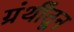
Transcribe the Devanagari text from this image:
ग्रंथींतून